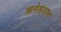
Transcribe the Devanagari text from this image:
अनेसंधान